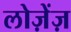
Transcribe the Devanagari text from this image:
लोज़ेंज़